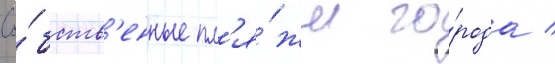
Со́бств'енные пл'я́жи го́рода /